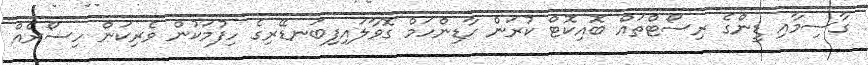
ގާސިމާއި ޑީންގެ ރިސޯޓްތައް ބޮއިކޮޓް ކުރަން ހާޑިންހަމް ގޮވާލައިފިބަނޑޭރިގެ ހިފުމަކުން ވެރިކަން ހިސޯރެއް